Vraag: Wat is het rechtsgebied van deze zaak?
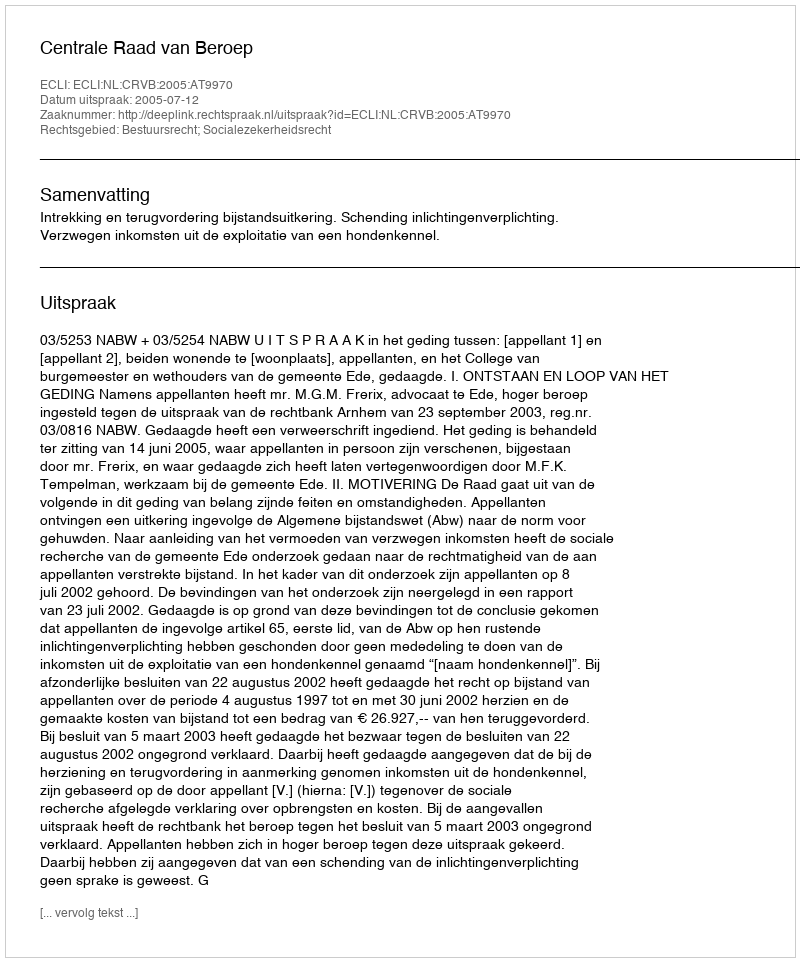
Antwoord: Bestuursrecht; Socialezekerheidsrecht